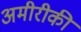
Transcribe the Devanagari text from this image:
अमीरीकी